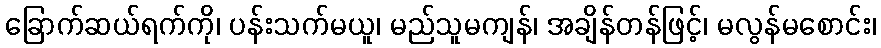
ခြောက်ဆယ်ရက်ကို၊ ပန်းသက်မယူ၊ မည်သူမကျန်၊ အချိန်တန်ဖြင့်၊ မလွန်မစောင်း၊